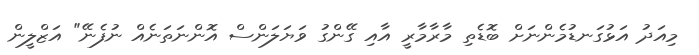
މިއަދު އަޅުގަނޑުމެންނަށް ބޮޑެތި މާރާމާރީ އާއި ގޭންގު ވަޔަލަންސް އޮންނަތަނެއް ނުފެނޭ" އަޒްލީން